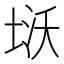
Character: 𭎨